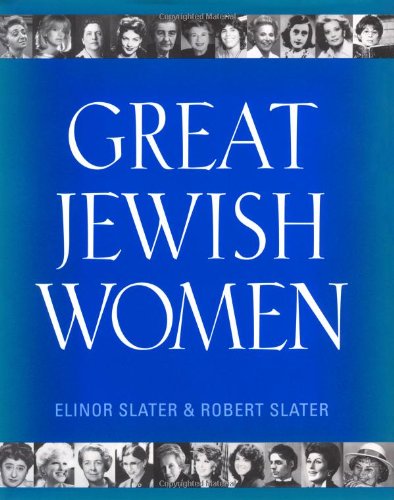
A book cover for Great Jewish Women; Elinor Slater; Biographies & Memoirs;